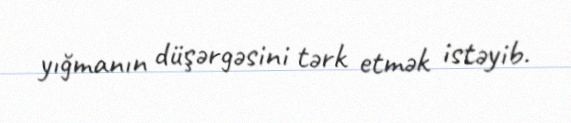
yığmanın düşərgəsini tərk etmək istəyib.